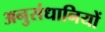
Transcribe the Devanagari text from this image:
अनुसंधानियों